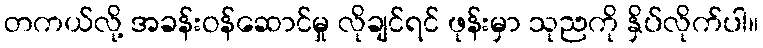
တကယ်လို့ အခန်းဝန်ဆောင်မှု လိုချင်ရင် ဖုန်းမှာ သုညကို နှိပ်လိုက်ပါ။